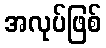
အလုပ်ဖြစ်